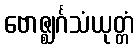
ဗောဇ္ဈင်္ဂသံယုတ္တံ